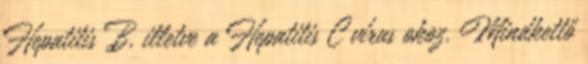
Hepatitis B, illetve a Hepatitis C vírus okoz. Mindkettő